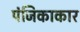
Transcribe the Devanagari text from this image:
पंजिकाकार